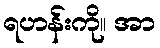
ရဟန်းကို။ အာ